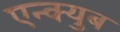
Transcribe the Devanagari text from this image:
एन्क्युब